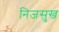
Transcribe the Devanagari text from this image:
निजसुख